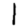
Digit: 1